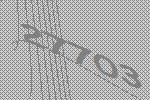
27703